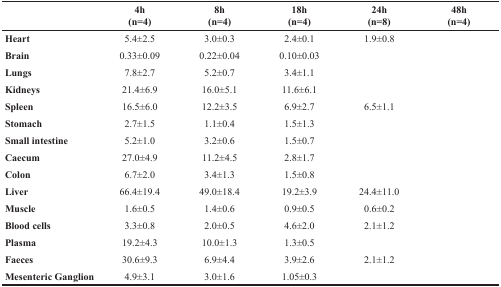
<table><thead><tr><td rowspan="2">[EMPTY_CELL]</td><td><b>4h</b></td><td><b>8h</b></td><td><b>18h</b></td><td><b>24h</b></td><td><b>48h</b></td></tr><tr><td><b>(n=4)</b></td><td><b>(n=4)</b></td><td><b>(n=4)</b></td><td><b>(n=8)</b></td><td><b>(n=4)</b></td></tr></thead><tbody><tr><td><b>Heart</b></td><td>5.4±2.5</td><td>3.0±0.3</td><td>2.4±0.1</td><td>1.9±0.8</td><td>[EMPTY_CELL]</td></tr><tr><td><b>Brain</b></td><td>0.33±0.09</td><td>0.22±0.04</td><td>0.10±0.03</td><td>[EMPTY_CELL]</td><td>[EMPTY_CELL]</td></tr><tr><td><b>Lungs</b></td><td>7.8±2.7</td><td>5.2±0.7</td><td>3.4±1.1</td><td>[EMPTY_CELL]</td><td>[EMPTY_CELL]</td></tr><tr><td><b>Kidneys</b></td><td>21.4±6.9</td><td>16.0±5.1</td><td>11.6±6.1</td><td>[EMPTY_CELL]</td><td>[EMPTY_CELL]</td></tr><tr><td><b>Spleen</b></td><td>16.5±6.0</td><td>12.2±3.5</td><td>6.9±2.7</td><td>6.5±1.1</td><td>[EMPTY_CELL]</td></tr><tr><td><b>Stomach</b></td><td>2.7±1.5</td><td>1.1±0.4</td><td>1.5±1.3</td><td>[EMPTY_CELL]</td><td>[EMPTY_CELL]</td></tr><tr><td><b>Small intestine</b></td><td>5.2±1.0</td><td>3.2±0.6</td><td>1.5±0.7</td><td>[EMPTY_CELL]</td><td>[EMPTY_CELL]</td></tr><tr><td><b>Caecum</b></td><td>27.0±4.9</td><td>11.2±4.5</td><td>2.8±1.7</td><td>[EMPTY_CELL]</td><td>[EMPTY_CELL]</td></tr><tr><td><b>Colon</b></td><td>6.7±2.0</td><td>3.4±1.3</td><td>1.5±0.8</td><td>[EMPTY_CELL]</td><td>[EMPTY_CELL]</td></tr><tr><td><b>Liver</b></td><td>66.4±19.4</td><td>49.0±18.4</td><td>19.2±3.9</td><td>24.4±11.0</td><td>[EMPTY_CELL]</td></tr><tr><td><b>Muscle</b></td><td>1.6±0.5</td><td>1.4±0.6</td><td>0.9±0.5</td><td>0.6±0.2</td><td>[EMPTY_CELL]</td></tr><tr><td><b>Blood cells</b></td><td>3.3±0.8</td><td>2.0±0.5</td><td>4.6±2.0</td><td>2.1±1.2</td><td>[EMPTY_CELL]</td></tr><tr><td><b>Plasma</b></td><td>19.2±4.3</td><td>10.0±1.3</td><td>1.3±0.5</td><td>[EMPTY_CELL]</td><td>[EMPTY_CELL]</td></tr><tr><td><b>Faeces</b></td><td>30.6±9.3</td><td>6.9±4.4</td><td>3.9±2.6</td><td>2.1±1.2</td><td>[EMPTY_CELL]</td></tr><tr><td><b>Mesenteric Ganglion</b></td><td>4.9±3.1</td><td>3.0±1.6</td><td>1.05±0.3</td><td>[EMPTY_CELL]</td><td>[EMPTY_CELL]</td></tr></tbody></table>